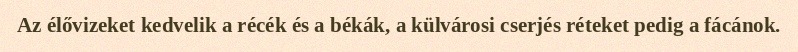
Az élővizeket kedvelik a récék és a békák, a külvárosi cserjés réteket pedig a fácánok.